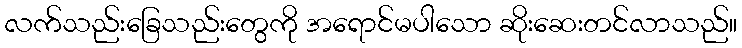
လက်သည်းခြေသည်းတွေကို အရောင်မပါသော ဆိုးဆေးတင်လာသည်။